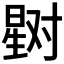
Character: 𰖞